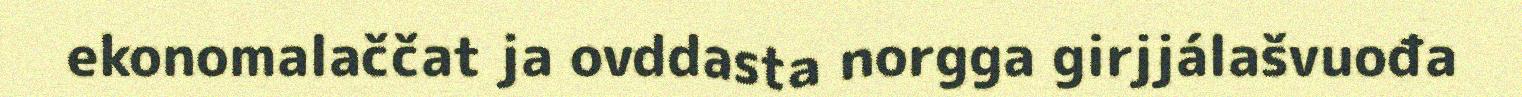
ekonomalaččat ja ovddasta norgga girjjálašvuođa